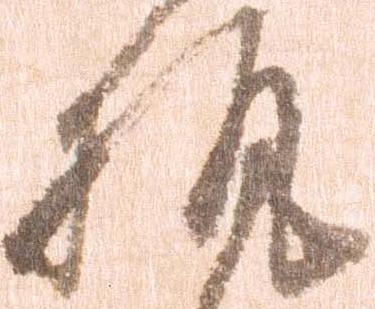
執